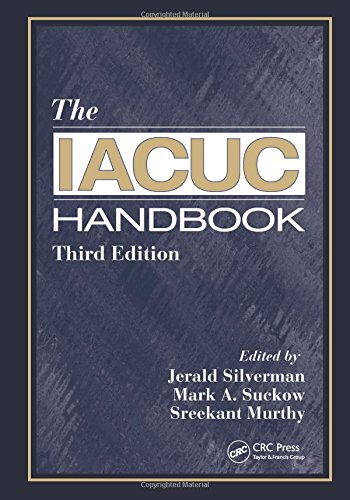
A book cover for The IACUC Handbook, Third Edition; Medical Books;